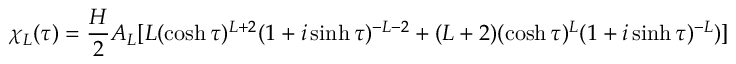
\chi _ { L } ( \tau ) = \frac { H } { 2 } A _ { L } [ L ( \cosh \tau ) ^ { L + 2 } ( 1 + i \sinh \tau ) ^ { - L - 2 } + ( L + 2 ) ( \cosh \tau ) ^ { L } ( 1 + i \sinh \tau ) ^ { - L } ) ]